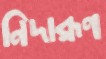
নিদারূণ